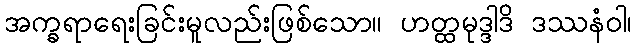
အက္ခရာရေးခြင်းမူလည်းဖြစ်သော။ ဟတ္ထမုဒ္ဒါဒိ ဒဿနံဝါ၊